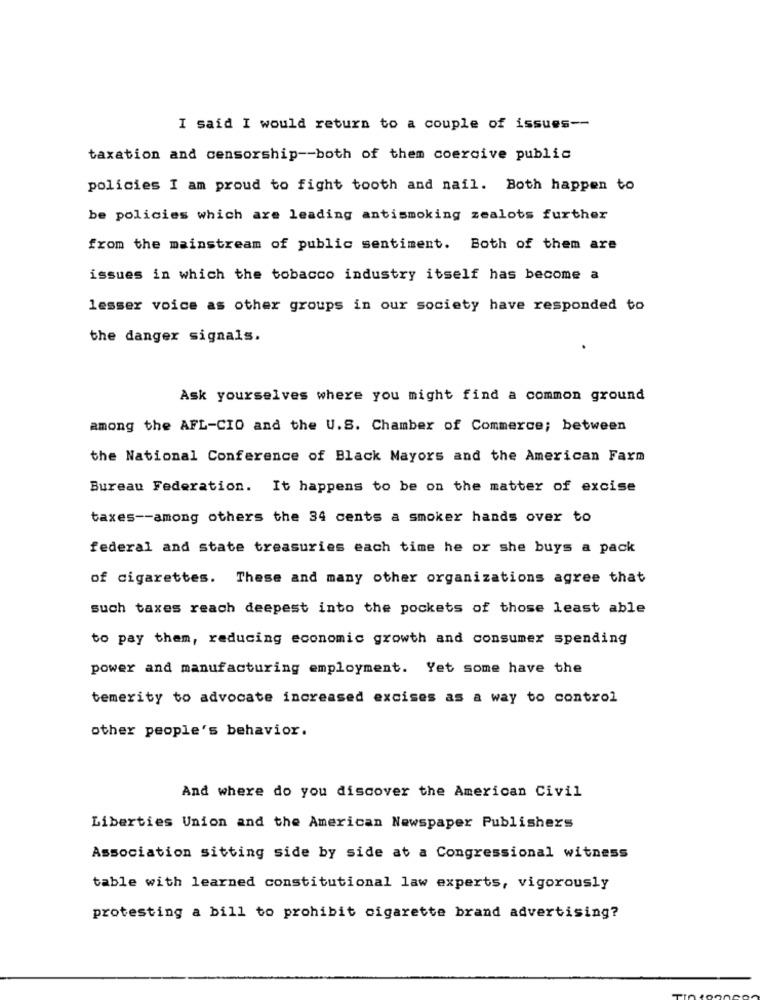
I said I would return to a couple of issues --
taxation and censorship -- both of them coercive public
policies I am proud to fight tooth and nail. Both happen to
be policies which are leading antismoking zealots further
from the mainstream of public sentiment. Both of them are
issues in which the tobacco industry itself has become a
lesser voice as other groups in our society have responded to
the danger signals.
Ask yourselves where you might find a common ground
among the AFL-CIO and the U.S. Chamber of Commerce; between
the National Conference of Black Mayors and the American Farm
Bureau Federation. It happens to be on the matter of excise
taxes -- among others the 34 cents a smoker hands over to
federal and state treasuries each time he or she buys a pack
of cigarettes. These and many other organizations agree that
such taxes reach deepest into the pockets of those least able
to pay them, reducing economic growth and consumer spending
power and manufacturing employment. Yet some have the
temerity to advocate increased excises as a way to control
other people's behavior.
And where do you discover the American Civil
Liberties Union and the American Newspaper Publishers
Association sitting side by side at a Congressional witness
table with learned constitutional law experts, vigorously
protesting a bill to prohibit cigarette brand advertising?